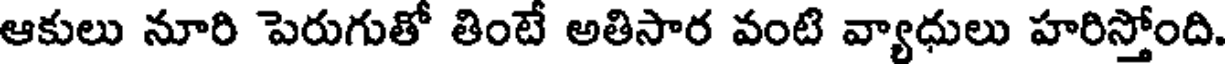
ఆకులు నూరి పెరుగుతో తింటే అతిసార వంటి వ్యాధులు హరిస్తోంది.